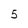
Character: 5